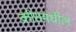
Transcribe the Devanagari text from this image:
क्रीसमधील